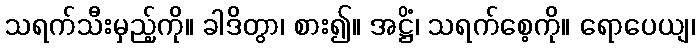
သရက်သီးမှည့်ကို။ ခါဒိတွာ၊ စား၍။ အဋ္ဌိံ၊ သရက်စေ့ကို။ ရောပေယျ၊